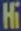
Hi